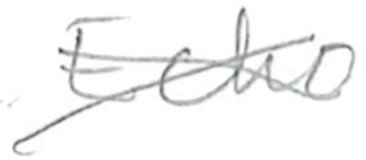
Text: Echo
Cross-out: mix
Writing tool: pencil